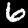
Digit: 6